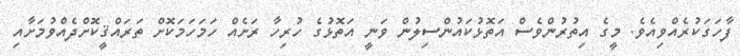
ފާހަގަކުރެއްވިއެވެ. މީގެ އިތުރުންވެސް އަތޮޅުކައުންސިލުން ވަނީ އަތޮޅުގެ ހުރިހާ ރަށެއް ހަމަހަމަކޮށް ތަރައްޤީކޮށްދެއްވުމަށާއި